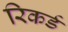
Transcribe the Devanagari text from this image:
रिकर्ड